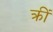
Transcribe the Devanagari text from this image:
क्रीं